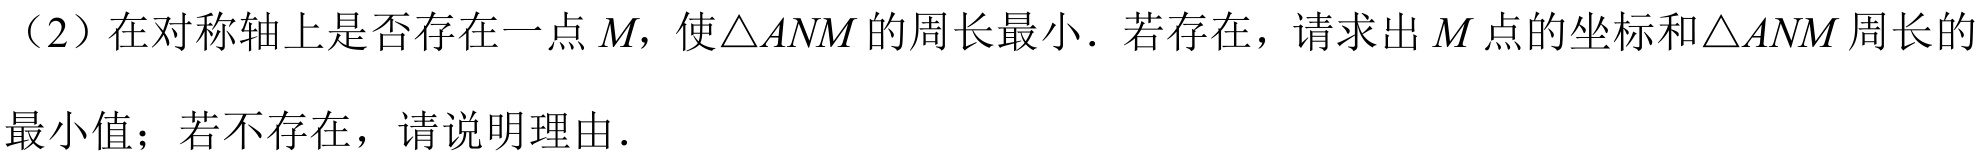
（2）在对称轴上是否存在一点\(M\)，使\(\triangle ANM\)的周长最小．若存在，请求出\(M\)点的坐标和\(\triangle ANM\)周长的最小值；若不存在，请说明理由．